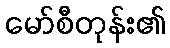
မော်စီတုန်း၏